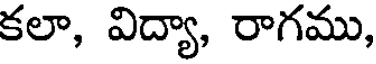
కలా, విద్యా, రాగము,